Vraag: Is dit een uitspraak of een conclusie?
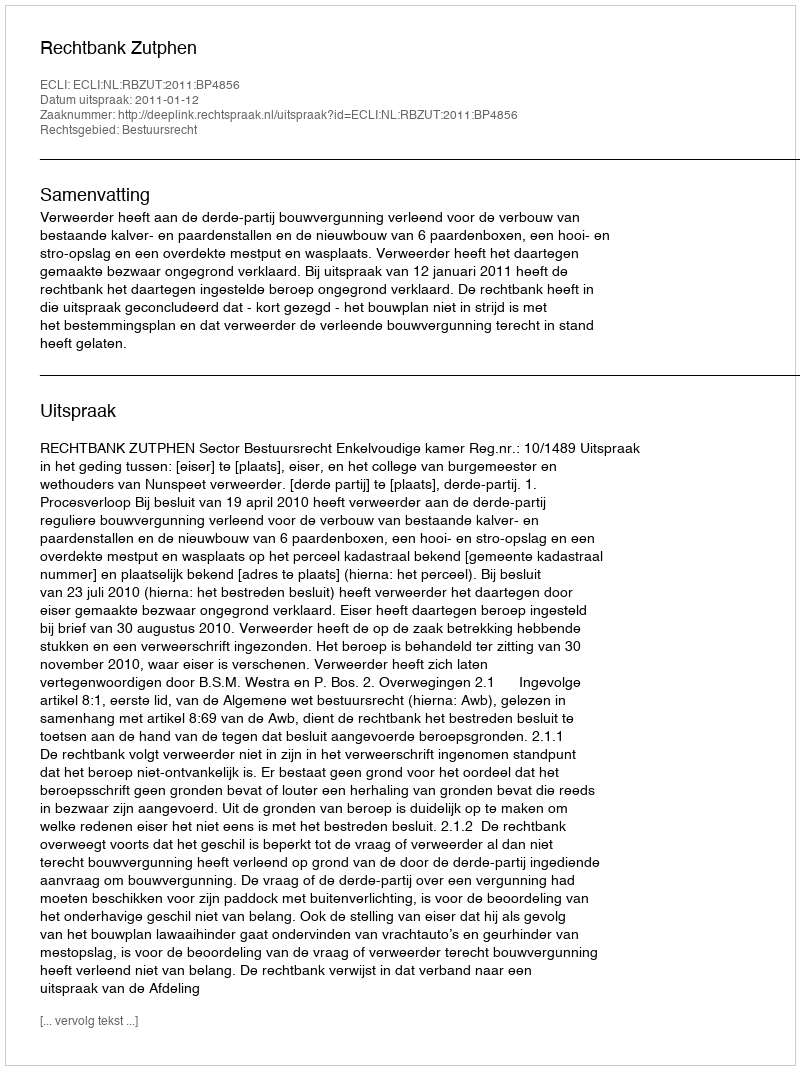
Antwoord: Uitspraak